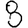
Digit: 8